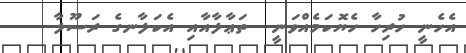
އެހެނީ ހުރިހާ ހެޔޮކަމެއްވަނީ  ތަޢާލާއާއި އެކަލާނގެ ރަސޫލާ